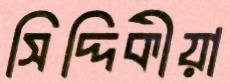
সিদ্দিকীয়া